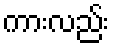
ကားလည်း